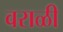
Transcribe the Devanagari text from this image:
वराळी